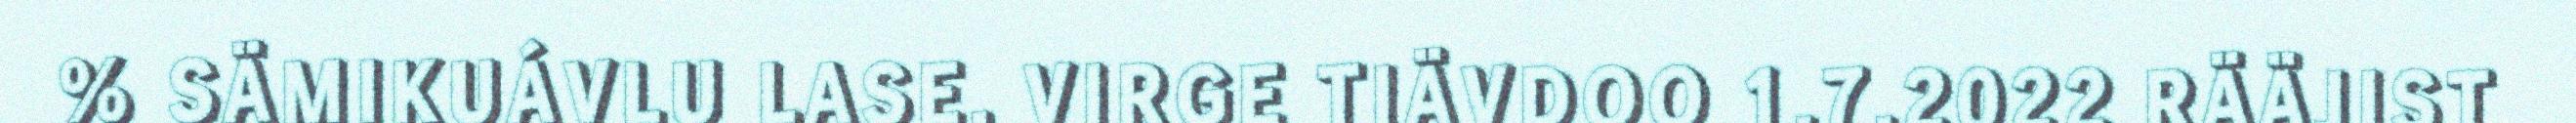
% SÄMIKUÁVLU LASE. VIRGE TIÄVDOO 1.7.2022 RÄÄJIST